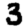
Digit: 3